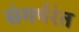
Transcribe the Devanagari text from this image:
संगर्षरंत